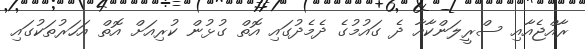
ރާއްޖެއާއި ސްރީލަންކާއާ ދެ ގައުމުގެ ދެމެދުގައި އޮތް ގުޅުން ކުރިއަށް އޮތް އަހަރުތަކުގައި